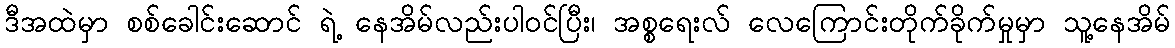
ဒီအထဲမှာ စစ်ခေါင်းဆောင် ရဲ့ နေအိမ်လည်းပါဝင်ပြီး၊ အစ္စရေးလ် လေကြောင်းတိုက်ခိုက်မှုမှာ သူ့နေအိမ်